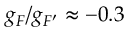
g _ { F } / g _ { F ^ { \prime } } \approx - 0 . 3